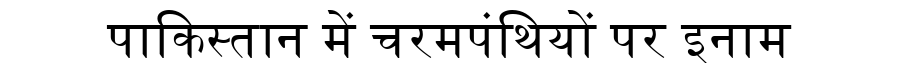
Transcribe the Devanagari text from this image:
पाकिस्तान में चरमपंथियों पर इनाम